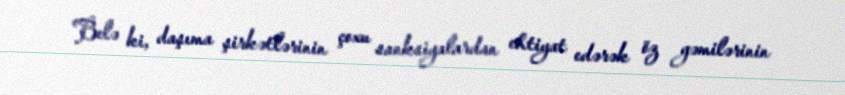
Belə ki, daşıma şirkətlərinin çoxu sanksiyalardan ehtiyat edərək öz gəmilərinin